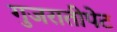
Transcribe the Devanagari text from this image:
गुजरातीपेट